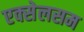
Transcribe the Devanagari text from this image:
एक्सेलसम